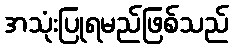
အသုံးပြုရမည်ဖြစ်သည်